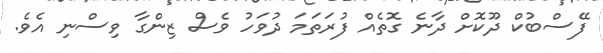
ފޭސްބުކް ދޫކޮށް ދާނެ ގޮތެއް ފުރަތަމަ ދުވަހު ވެސް ޒިންގާ ވިސްނި އެވެ.